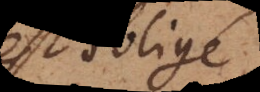
est obligé